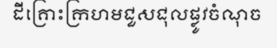
ដីគ្រោះក្រហមជួសជុលផ្លូវចំណុច